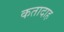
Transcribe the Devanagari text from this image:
कतादाह